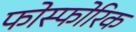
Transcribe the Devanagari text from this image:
फोस्फोरिक